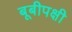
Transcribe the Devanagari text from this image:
बूबीपक्षी